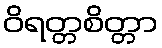
ဝိရတ္တစိတ္တာ